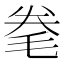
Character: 𣭮